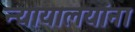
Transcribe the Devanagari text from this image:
न्यायालयांना